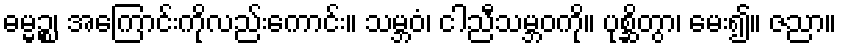
ဓမ္မဉ္စ၊ အကြောင်းကိုလည်းကောင်း။ သမ္ဘဝံ၊ ငါညီသမ္ဘဝကို။ ပုစ္ဆိတွာ၊ မေး၍။ ဇညာ။